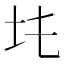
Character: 𡉒